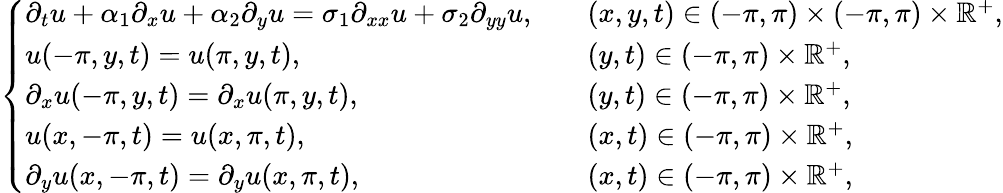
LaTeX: \left\{ \begin{array}{ll}{\partial_{t}u+\alpha_{1}\partial_{x}u+\alpha_{2}\partial_{y}u=\sigma_{1}\partial_{xx}u+\sigma_{2}\partial_{yy}u,\quad}&{(x,y,t)\in(-\pi,\pi)\times(-\pi,\pi)\times\mathbb{R}^{+},}\\ {u(-\pi,y,t)=u(\pi,y,t),}&{(y,t)\in(-\pi,\pi)\times\mathbb{R}^{+},}\\ {\partial_{x}u(-\pi,y,t)=\partial_{x}u(\pi,y,t),}&{(y,t)\in(-\pi,\pi)\times\mathbb{R}^{+},}\\ {u(x,-\pi,t)=u(x,\pi,t),}&{(x,t)\in(-\pi,\pi)\times\mathbb{R}^{+},}\\ {\partial_{y}u(x,-\pi,t)=\partial_{y}u(x,\pi,t),}&{(x,t)\in(-\pi,\pi)\times\mathbb{R}^{+},}\end{array}\right.